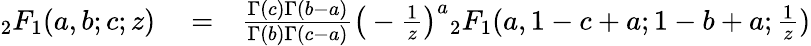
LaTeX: \begin{array}{rlr}{{_2F_{1}}(a,b;c;z)}&{{}=}&{\frac{\Gamma(c)\Gamma(b-a)}{\Gamma(b)\Gamma(c-a)}\big(-\frac{1}{z}\big)^{a}{_2F_{1}}(a,1-c+a;1-b+a;\frac{1}{z})}\end{array}